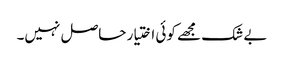
بے شک مجھے کوئی اختیار حاصل نہیں۔